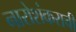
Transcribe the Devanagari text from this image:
नारोशंकराची